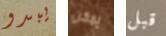
يبدو يمكن قبل